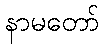
နာမတော်